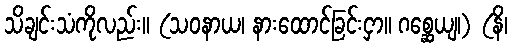
သိချင်းသံကိုလည်း။ (သဝနာယ၊ နားထောင်ခြင်းငှာ။ ဂစ္ဆေယျ၊) (နိ၊